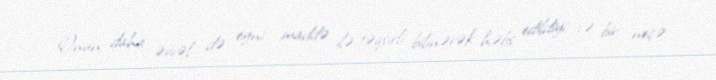
Onun daha əvvəl də eyni maddə ilə təqsirli bilinərək həbs edildiyi və bir neçə